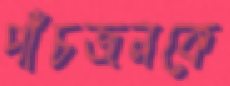
পাঁচজনকে